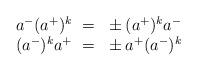
LaTeX: \begin{align*} \begin{array}{c} a^-(a^+)^k~=~\pm(a^+)^k a^-\\ (a^-)^k a^+~=~\pm a^+(a^-)^k \end{array}\end{align*}